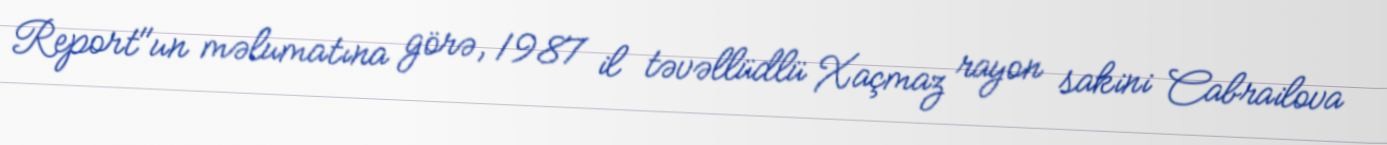
Report"un məlumatına görə, 1987 il təvəllüdlü Xaçmaz rayon sakini Cabrailova